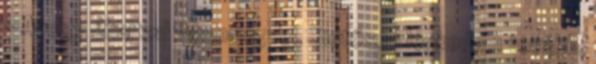
- Ahogy óhajtod - kuncog fel. Sietősen lépkedem tovább,